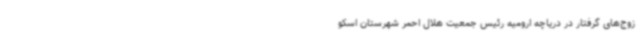
زوج‌های گرفتار در دریاچه ارومیه رئیس جمعیت هلال احمر شهرستان اسکو